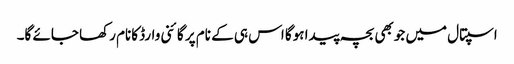
اسپتال میں جوبھی بچہ پیدا ہوگا اس ہی کے نام پر گائنی وارڈ کانام رکھا جائے گا۔